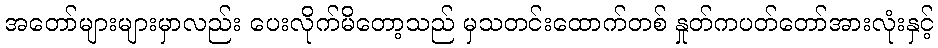
အတော်များများမှာလည်း ပေးလိုက်မိတော့သည် မှသတင်းထောက်တစ် နှုတ်ကပတ်တော်အားလုံးနှင့်